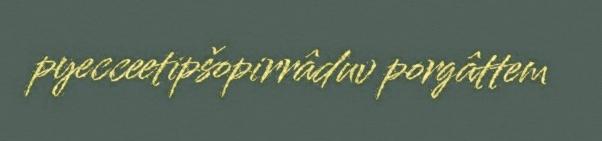
pyecceetipšopirrâduv porgâttem